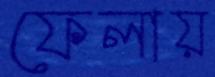
ফেলায়